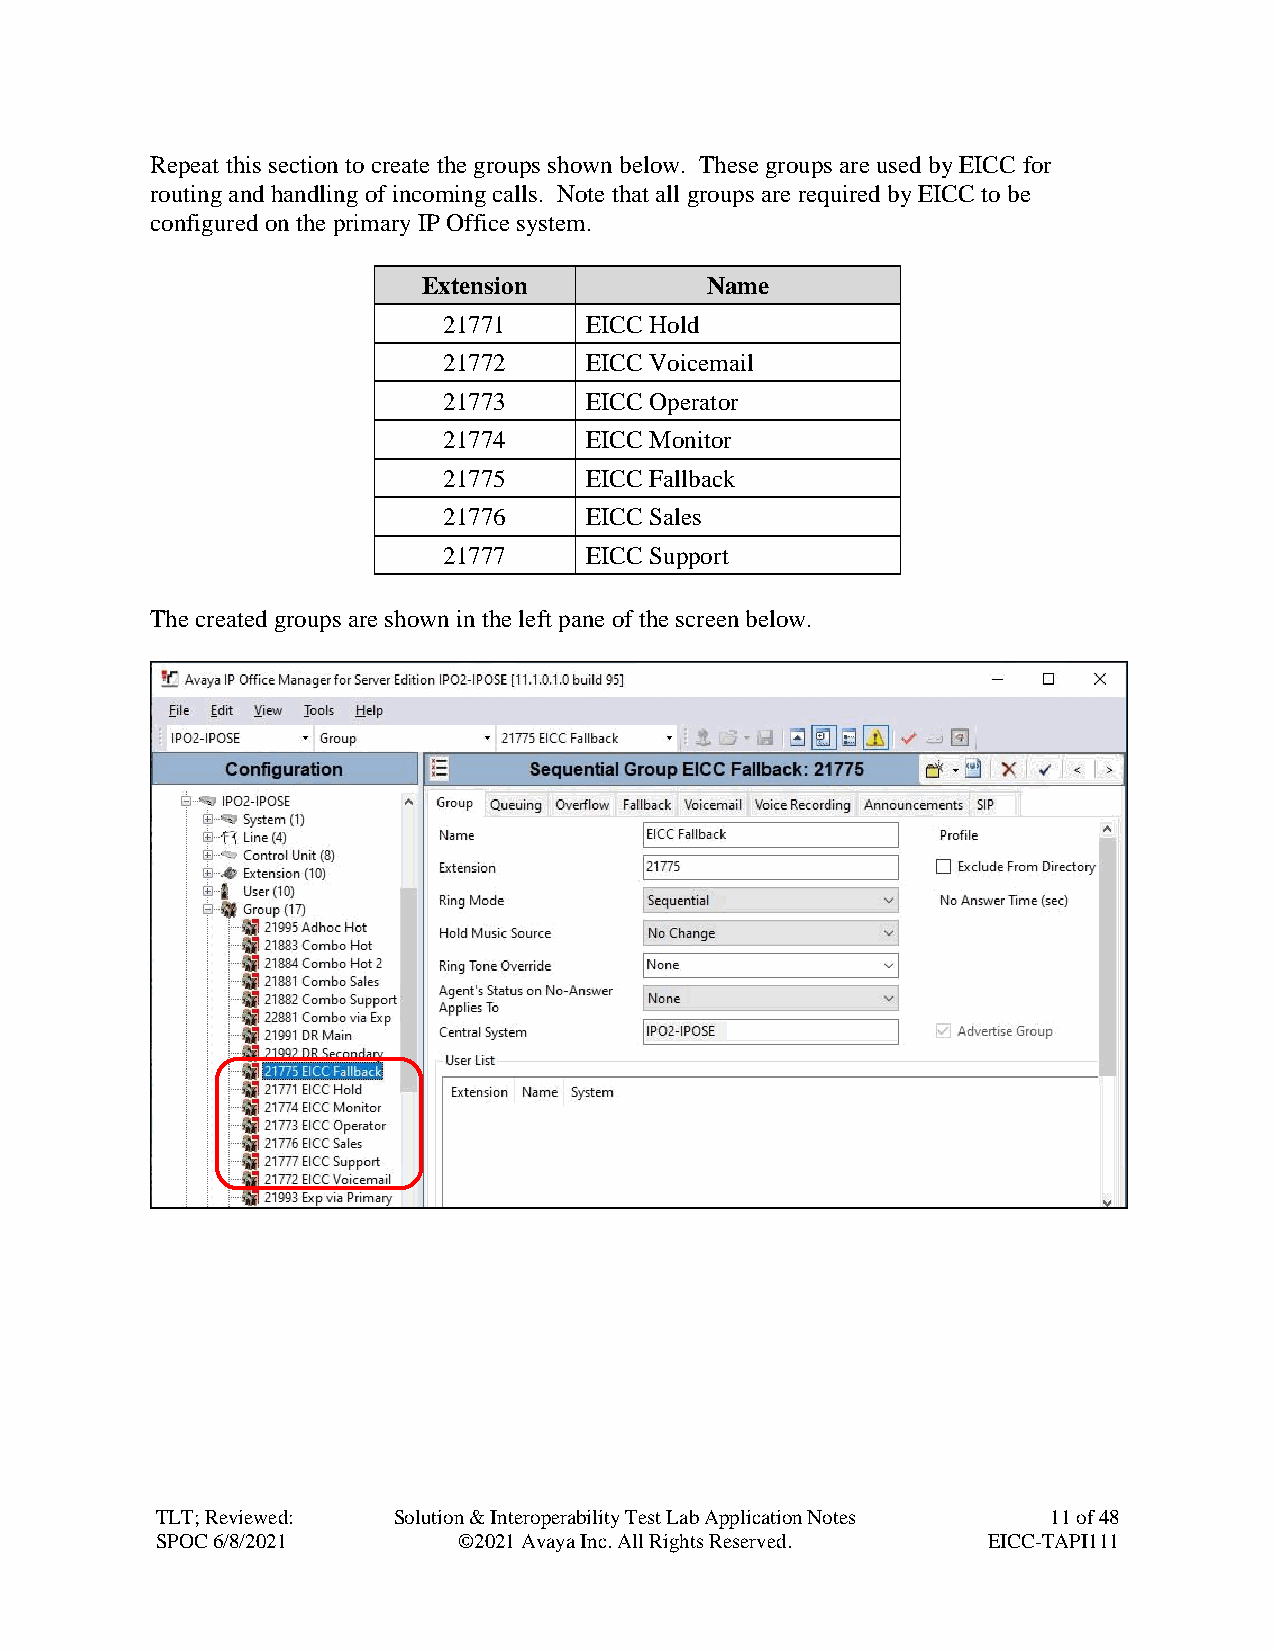
Repeat this section to create the groups shown below. These groups are used by EICC for
 routing and handling of incoming calls. Note that all groups are required by EICC to be
 configured on the primary IP Office system.
 Extension          Name
 21771     EICC Hold
 21772     EICC Voicemail
 21773     EICC Operator
 21774     EICC Monitor
 21775     EICC Fallback
 21776     EICC Sales
 21777     EICC Support
 The created groups are shown in the left pane of the screen below.
 TLT; Reviewed:  Solution & Interoperability Test Lab Application Notes 11 of 48
 SPOC 6/8/2021       ©2021 Avaya Inc. All Rights Reserved. EICC-TAPI111